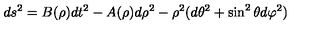
d s ^ { 2 } = B ( \rho ) d t ^ { 2 } - A ( \rho ) d \rho ^ { 2 } - \rho ^ { 2 } ( d \theta ^ { 2 } + \sin ^ { 2 } \theta d \varphi ^ { 2 } )